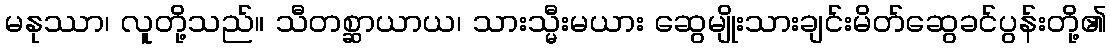
မနုဿာ၊ လူတို့သည်။ သီတစ္ဆာယာယ၊ သားသ္မီးမယား ဆွေမျိုးသားချင်းမိတ်ဆွေခင်ပွန်းတို့၏